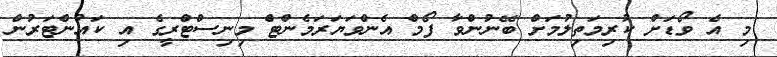
މި އެ ވޯޑަށް ކުރިމަތިލުމަށް ބޭނުންވާ ފޯމް އެންވަޔަރަމެންޓް މިނިސްޓްރީގެ އި ކައުންޓަރުން